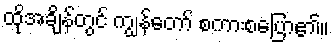
ထိုအချိန်တွင် ကျွန်တော် စကားစပြော၏။